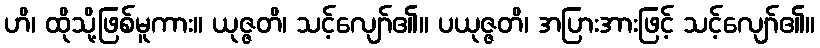
ဟိ၊ ထိုသို့ဖြစ်မူကား။ ယုဇ္ဇတိ၊ သင့်လျော်၏။ ပယုဇ္ဇတိ၊ အပြားအားဖြင့် သင့်လျော်၏။